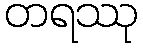
တရဿု